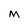
Character: M